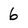
Character: 6